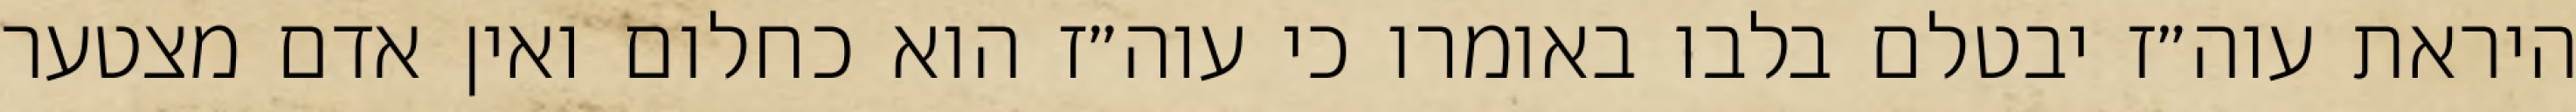
היראת עוה״ז יבטלם בלבו באומרו כי עוה״ז הוא כחלום ואין אדם מצטער